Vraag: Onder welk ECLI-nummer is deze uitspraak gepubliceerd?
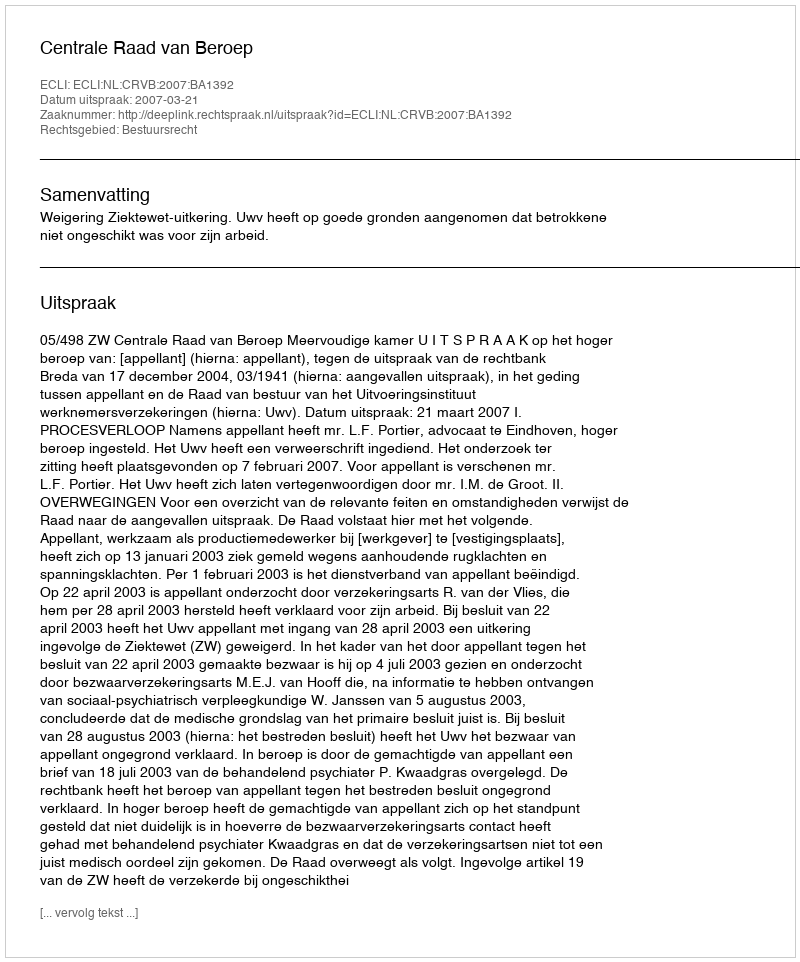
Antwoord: ECLI:NL:CRVB:2007:BA1392